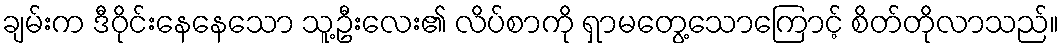
ချမ်းက ဒီဝိုင်းနေနေသော သူ့ဦးလေး၏ လိပ်စာကို ရှာမတွေ့သောကြောင့် စိတ်တိုလာသည်။